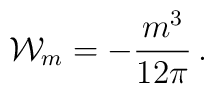
{\cal W}_m =-\frac {m^3}{12\pi} \,.